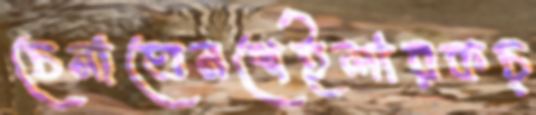
চেনাতেনশেইলারকচ্